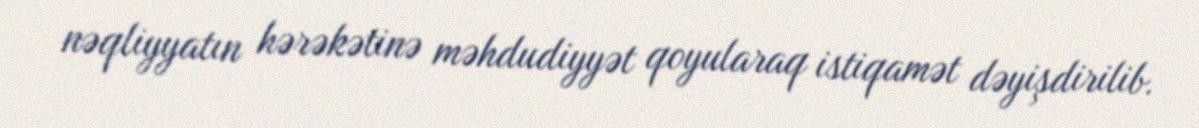
nəqliyyatın hərəkətinə məhdudiyyət qoyularaq istiqamət dəyişdirilib.